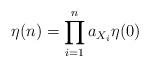
LaTeX: \begin{align*}\eta(n)= \prod_{i=1}^n a_{X_i} \eta(0)\end{align*}